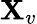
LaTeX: \mathbf{X}_{v}